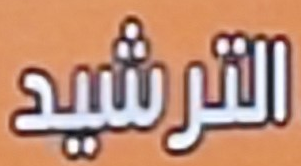
الترشيد